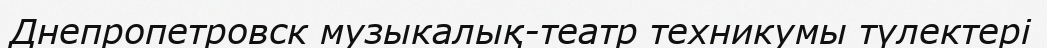
Днепропетровск музыкалық-театр техникумы түлектері